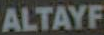
ALTAYF